system: You are a helpful assistant.
user:
Analyze the provided spectrum to determine if it is a **S-type Star**.

- **Key Indicators for S-type Star:**

    - **(Overall Spectrum Shape):** The first and most obvious characteristic is the overall continuum (the "baseline" shape). It is **extremely "red-sloping,"** meaning the flux (light intensity) is very low on the left side (blue, ~4000-4500 Å) and rises steeply and continuously toward the right side (red, ~7000 Å+).

    - **(Primary):** The spectrum is defined by the presence of strong, broad molecular absorption "valleys" (bands) from **Zirconium Oxide (ZrO)**. The identification of these bands is the **primary requirement** for classifying a star as S-type.
        - **(Key Bandheads):** You must find distinct, deep "dips" where the light has been absorbed. The most critical band systems to locate are:
            - **~6474 Å** ($\gamma$-system): This is often the strongest and clearest ZrO feature, found in the red part of the spectrum.
            - **~5718 Å** & **~5551 Å** ($\beta$-system): A pair of prominent absorption features in the yellow-orange part of the spectrum.
            - **~4640 Å** ($\alpha$-system): A key absorption band system in the blue-green region of the spectrum.

    - **(Secondary Confirmation):** The classification is strengthened by finding additional absorption bands from other related heavy element oxides, which are expected to be present alongside ZrO.
        - **(Key Bandheads):**
            - **Yttrium Oxide (YO):** Look for absorption dips near **~4800 Å** and **~6100 Å**.
            - **Lanthanum Oxide (LaO):** Additional absorption features, particularly in the red-orange part of the spectrum, are also characteristic.

    - **(Line Profile):** The combination of the steep red continuum and these numerous, deep molecular bands (ZrO, YO, etc.) gives the entire spectrum a very **"chopped-up"** or **"bumpy"** appearance. Instead of a smooth curve, the spectrum looks as though large, wide chunks of light have been "carved out" of it at the specific wavelengths listed above.

Think first, call **spectral_visualization_tool** if needed to examine features in detail, then provide your final answer. Your response must adhere to the following strict rules:
1.  **Overall Structure:** Your response must follow the format `<think>...</think> <tool_call>...</tool_call> (if a tool is used) <answer>...</answer>`.
2.  **Tool Usage Constraint:** You may only make **one** tool call per turn.
3.  **Final Answer Format:** In the `<answer>` tag, your conclusion must be inside a `\boxed{}` command (e.g., `\boxed{YES}` or `\boxed{NO}`), followed by your justification.

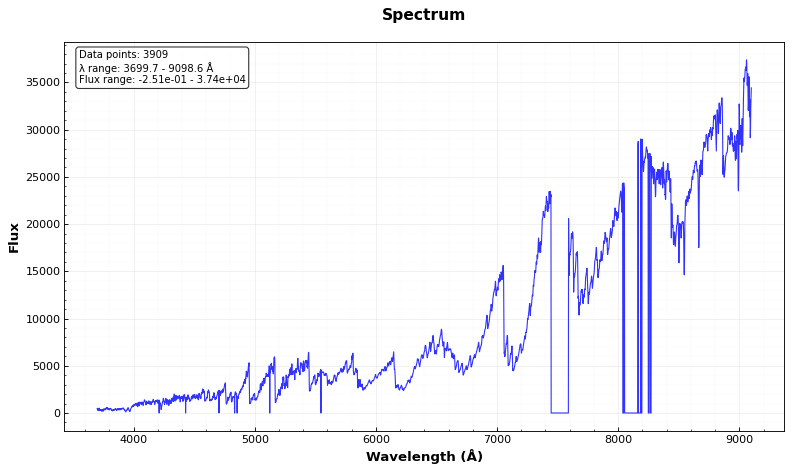
Answer: YES